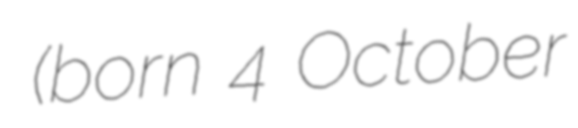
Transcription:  (born 4 October